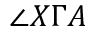
\angle X \Gamma A